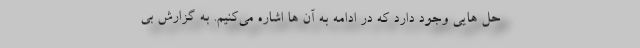
حل هایی وجود دارد که در ادامه به آن ها اشاره می‌کنیم. به گزارش بی